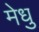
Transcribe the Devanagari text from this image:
मेधु